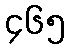
၄၆၅